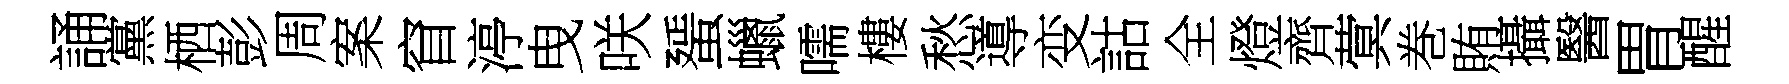
誦黨栖彭周案窅渟曳咲蜑蠟嚅樓愁導变詁全燈齊蓂巻賄攝醫胃醒